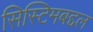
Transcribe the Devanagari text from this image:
सिस्टिमबद्दल